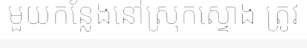
មួយកន្លែងនៅស្រុកស្ទោង ត្រូវ